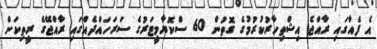
އެ ފެއާގައި ރާއްޖެ އިޝްތިހާރުކުރުމުގެ ގޮތުން 60 ސްކޮޔާމީޓަރުގެ ސަރަހައްދެއްގައި ރާއްޖޭގެ ރީތިކަން